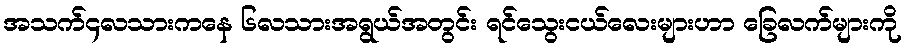
အသက်၄လသားကနေ ၆လသားအရွယ်အတွင်း ရင်သွေးငယ်လေးများဟာ ခြေလက်များကို